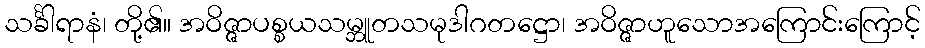
သင်္ခါရာနံ၊ တို့၏။ အဝိဇ္ဇာပစ္စယသမ္ဘူတသမုဒါဂတဋ္ဌော၊ အဝိဇ္ဇာဟူသောအကြောင်းကြောင့်